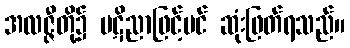
အလဇ္ဇီတို့၌ ပဋိညာဖြင့်ပင် ဆုံးဖြတ်ရသည်။